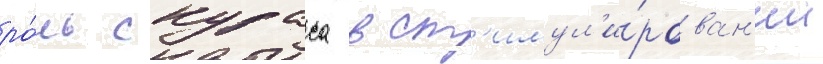
ро́ль скураса в ст'имул'и́рован'ии